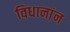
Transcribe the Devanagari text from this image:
विधानांन